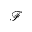
\mathcal { F }